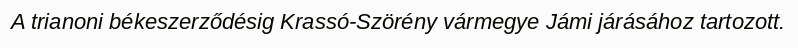
A trianoni békeszerződésig Krassó-Szörény vármegye Jámi járásához tartozott.